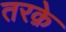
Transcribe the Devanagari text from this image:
तरक़े